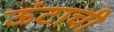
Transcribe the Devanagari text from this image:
ऊंटाची